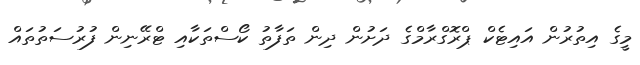
މީގެ އިތުރުން އައިޓެކް ޕްރޮގްރާމްގެ ދަށުން ދިން ތަފާތު ކޯސްތަކާއި ޓްރޭނިން ފުރުސަތުތައް